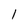
Character: 1